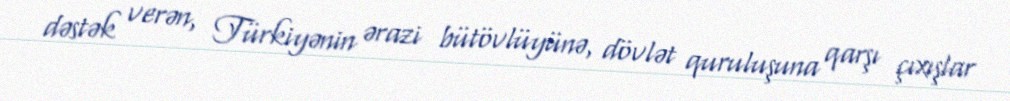
dəstək verən, Türkiyənin ərazi bütövlüyünə, dövlət quruluşuna qarşı çıxışlar